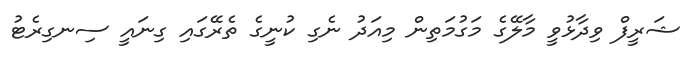
ޝަރީފް ވިދާޅުވީ މާލޭގެ މަގުމަތިން މިއަދު ނެގި ކުނީގެ ތެރޭގައި ގިނައީ ސިނގިރެޓު